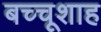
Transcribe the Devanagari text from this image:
बच्चूशाह